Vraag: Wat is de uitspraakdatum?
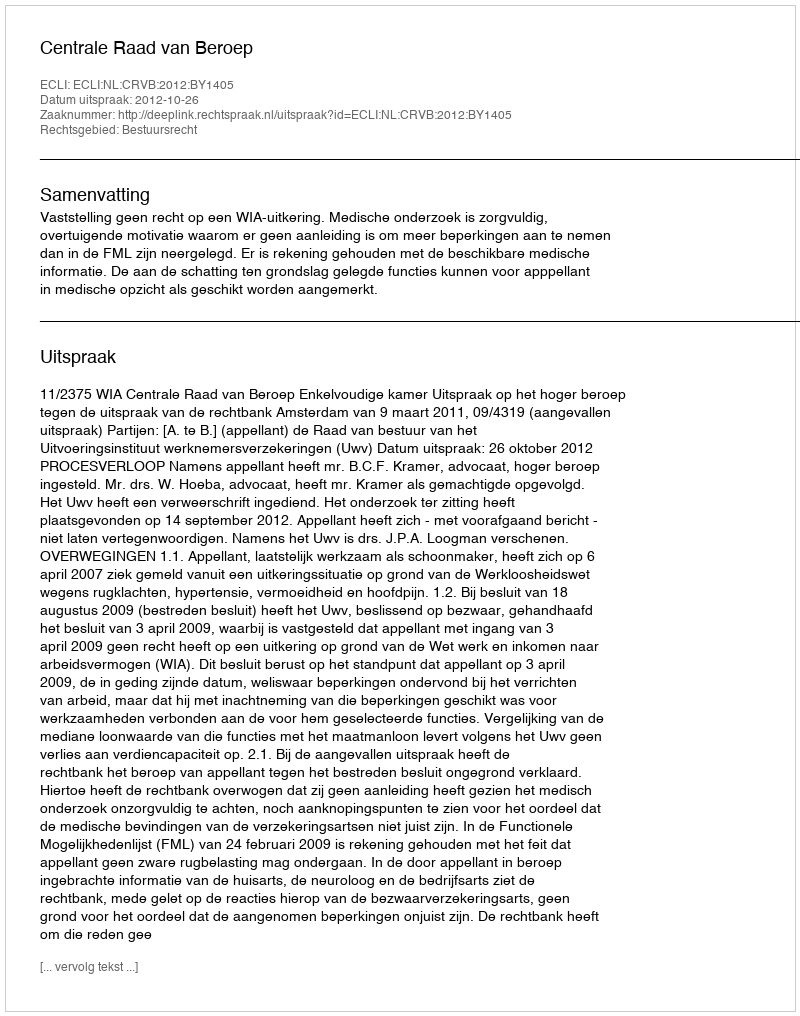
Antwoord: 2012-10-26